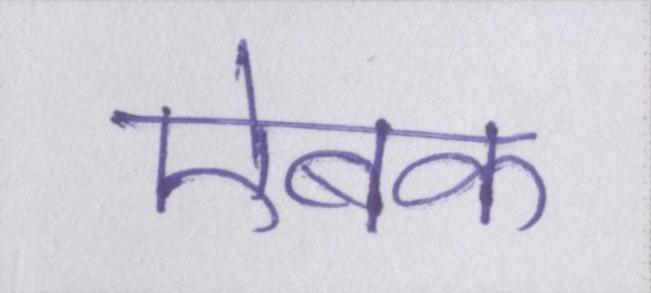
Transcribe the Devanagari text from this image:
ऐबक